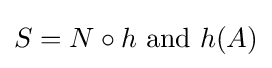
S=N\circ h{\text{ and }}h(A)